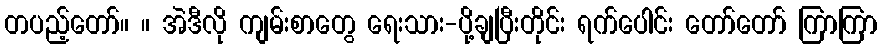
တပည့်တော်။ ။ အဲဒီလို ကျမ်းစာတွေ ရေးသား-ပို့ချပြီးတိုင်း ရက်ပေါင်း တော်တော် ကြာကြာ